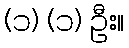
(၁) (၁) ဦး။